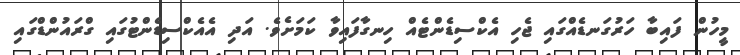
މީހުން ފައިބާ ހަރުގަނޑެއްގައި ޖެހި އެކްސިޑެންޓެއް ހިނގާފައިވާ ކަމަށެވެ. އަދި އެއެކްސިޑެންޓުގައި ގްރައުންޑްގައި